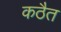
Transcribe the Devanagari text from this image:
कठैत